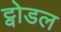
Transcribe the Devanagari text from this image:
ट्वोडल